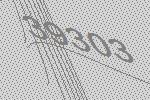
39303